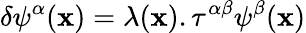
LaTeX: \delta\psi^{\alpha}(\mathbf{x})=\lambda(\mathbf{x}).\tau^{\alpha\beta}\psi^{\beta}(\mathbf{x})